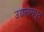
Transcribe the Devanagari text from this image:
उद्यानामधून